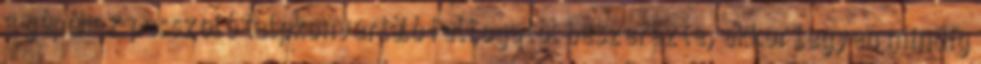
a gépéhez passzoló talpkonvertáló felfogatót beszerezte, akkor legyen mindig